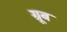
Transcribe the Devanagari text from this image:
ग्रूब